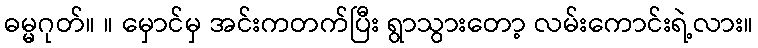
ဓမ္မဂုတ်။ ။ မှောင်မှ အင်းကတက်ပြီး ရွာသွားတော့ လမ်းကောင်းရဲ့လား။